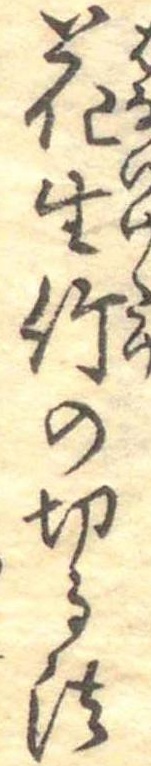
花生竹の切る法